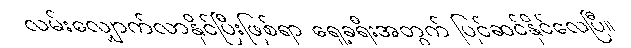
လမ်းလျှောက်လာနိုင်ပြီးဖြစ်ရာ ရှေ့ခရီးအတွက် ပြင်ဆင်နိုင်လေပြီ။